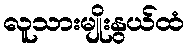
လူသားမျိုးနွယ်ထံ